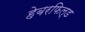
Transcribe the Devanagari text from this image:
हेबरफिल्ड